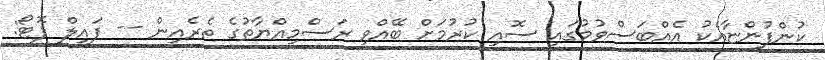
ކުންފުންޏާއެކު އެއްބަސްވުމުގައި ސޮއި ކުރުމަށް ބޭއްވި ރަސްމިއްޔާތުގެ ތެރެއިން -- ފައިލް ފޮޓޯ: